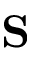
\mathbf { S }